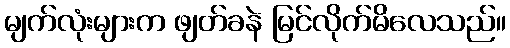
မျက်လုံးများက ဖျတ်ခနဲ မြင်လိုက်မိလေသည်။